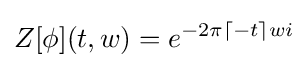
Z[\phi ](t,w)=e^{-2\pi \lceil -t\rceil wi}